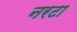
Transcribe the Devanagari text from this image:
नरटा